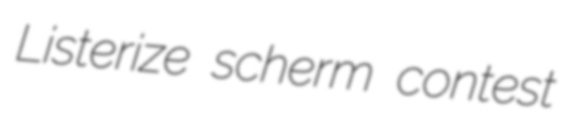
Listerize scherm contest